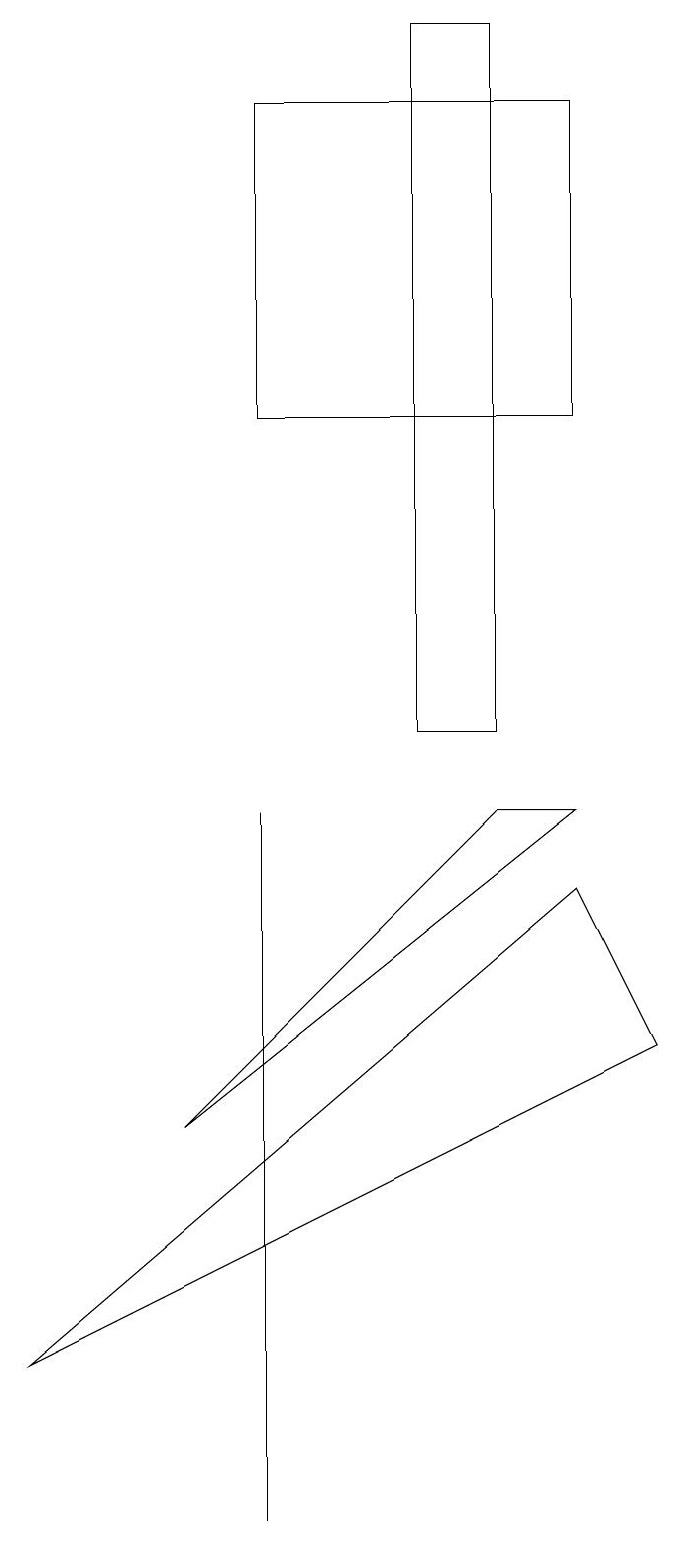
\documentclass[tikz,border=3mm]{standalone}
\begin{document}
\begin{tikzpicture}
\draw (8,18) rectangle (4,14);
\draw (7,9) -- (8,9) -- (3,5) -- cycle;
\draw (8,8) -- (1,2) -- (9,6) -- cycle;
\draw (4,9) -- (4,9) -- (4,0) -- cycle;
\draw (6,10) rectangle (7,19);
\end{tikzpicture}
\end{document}